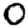
Digit: 0